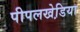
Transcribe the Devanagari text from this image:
पीपलखेडि़या